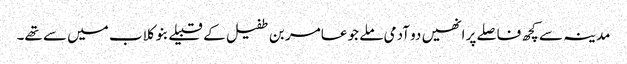
مدینہ سے کچھ فاصلے پر انھیں دو آدمی ملے جو عامر بن طفیل کے قبیلے بنو کلاب میں سے تھے۔